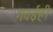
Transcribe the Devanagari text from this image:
गवईही